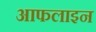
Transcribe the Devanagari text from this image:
आफलाइन